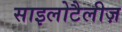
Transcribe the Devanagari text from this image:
साइलोटैलीज़